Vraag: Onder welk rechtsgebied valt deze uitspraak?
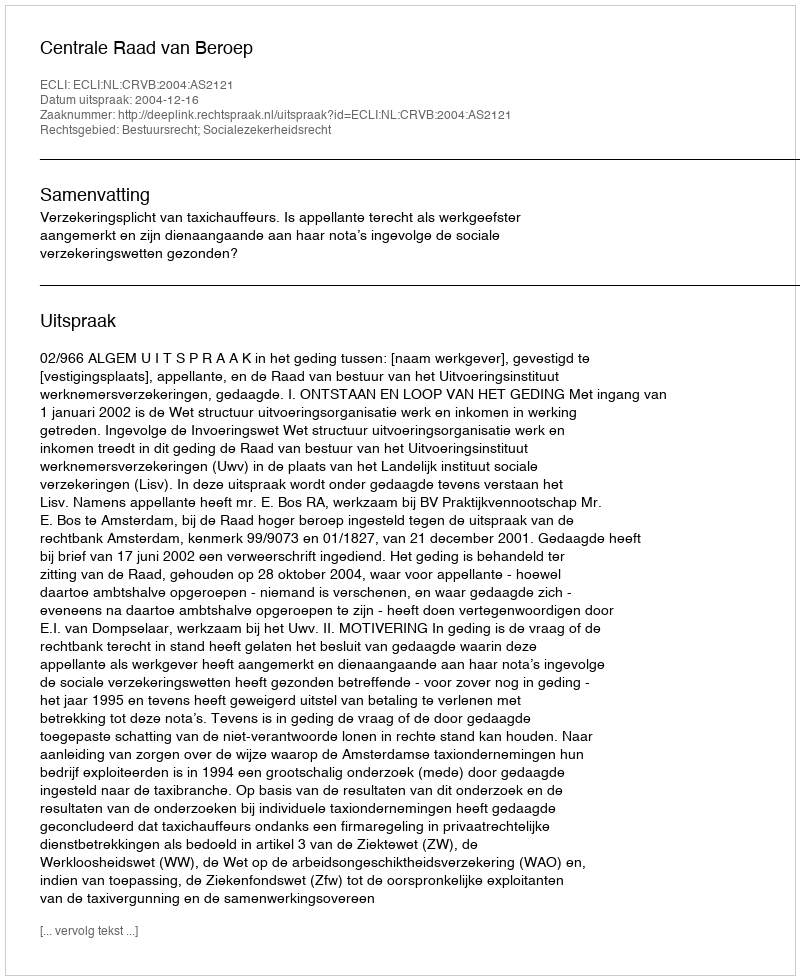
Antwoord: Bestuursrecht; Socialezekerheidsrecht